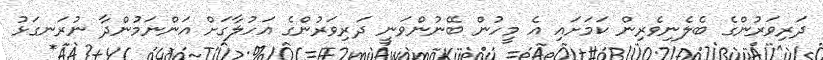
ދަރިވަރުންގެ ބެލެނިވެރިން ކަމަށައި އެ މީހުން ބޭނުންވަނީ ދަރިވަރުންގެ އަހުލާގަށް އަންނަމުންދާ ނުރަނގަޅު